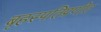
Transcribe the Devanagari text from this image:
बृहस्पतिप्रणीत